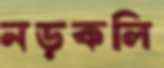
নড়কলি